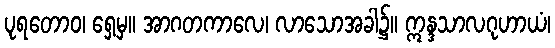
ပုရတောဝ၊ ရှေ့မှ။ အာဂတကာလေ၊ လာသောအခါ၌။ ဣန္ဒသာလဂုဟာယံ၊